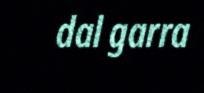
dal garra